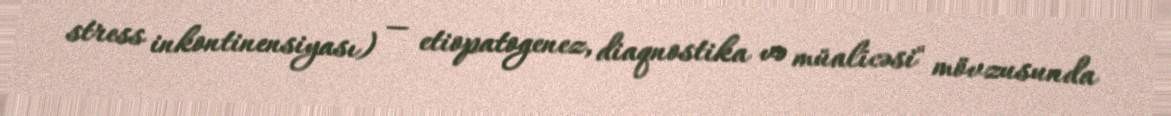
stress inkontinensiyası) — etiopatogenez, diaqnostika və müalicəsi" mövzusunda